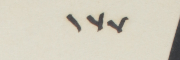
١٧٧